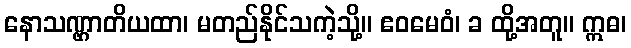
နောသဏ္ဌာတိယထာ၊ မတည်နိုင်သကဲ့သို့။ ဧဝမေဝံ၊ ခ ထို့အတူ။ ဣဓ၊